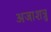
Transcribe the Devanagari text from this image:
अजाशत्रु